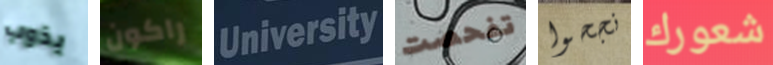
يذوب راكون University تفحصت نجحوا شعورك